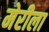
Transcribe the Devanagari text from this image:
मेरीला